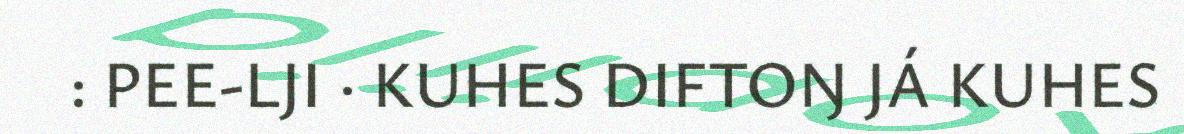
: PEE-LJI · KUHES DIFTOŊ JÁ KUHES